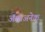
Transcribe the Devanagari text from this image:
अशाअनेक